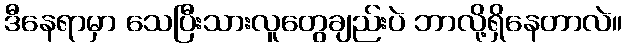
ဒီနေရာမှာ သေပြီးသားလူတွေချည်းပဲ ဘာလို့ရှိနေတာလဲ။